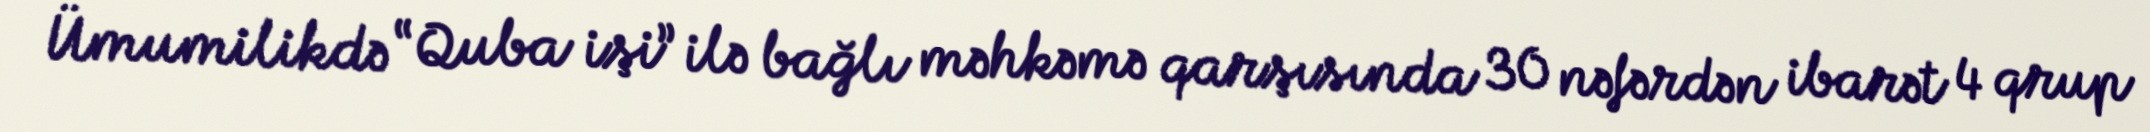
Ümumilikdə “Quba işi” ilə bağlı məhkəmə qarşısında 30 nəfərdən ibarət 4 qrup